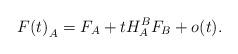
LaTeX: \begin{align*}{F(t)}_A = F_A + tH_A^B F_B + o(t).\end{align*}